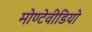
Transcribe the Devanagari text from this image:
मोण्टेवीडियो